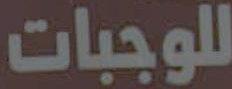
للوجبات